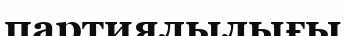
партиялылығы